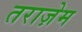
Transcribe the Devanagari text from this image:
तराज़ेम